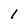
Character: 1